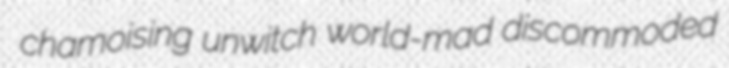
chamoising unwitch world-mad discommoded